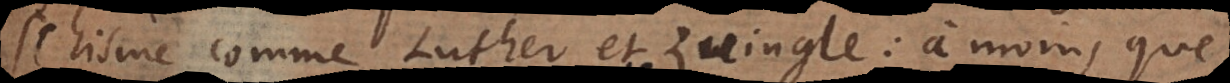
chisme comme Luther et Zwingle: à moins que